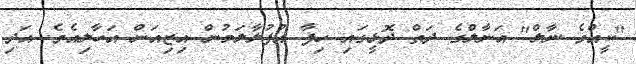
"ކީއްވެ ނާލް" އަނާލްގެ ދަތް ދޮޅީގައި ހިފާ އުފުލާލަމުން އިޒިއަން އަހާލިއެވެ. އަދި